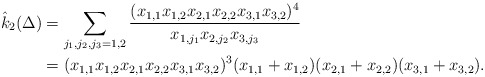
\begin{align*}\hat{k}_2({\Delta})&=\sum_{j_1,j_2,j_3=1,2}\dfrac{(x_{1,1}x_{1,2}x_{2,1}x_{2,2}x_{3,1}x_{3,2})^4}{x_{1,j_1}x_{2,j_2}x_{3,j_3}}\\&=(x_{1,1}x_{1,2}x_{2,1}x_{2,2}x_{3,1}x_{3,2})^3(x_{1,1}+x_{1,2})(x_{2,1}+x_{2,2})(x_{3,1}+x_{3,2}).\end{align*}